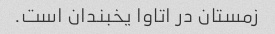
زمستان در اتاوا یخبندان است.